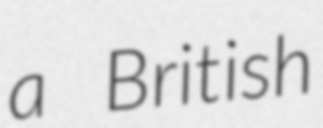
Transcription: a British